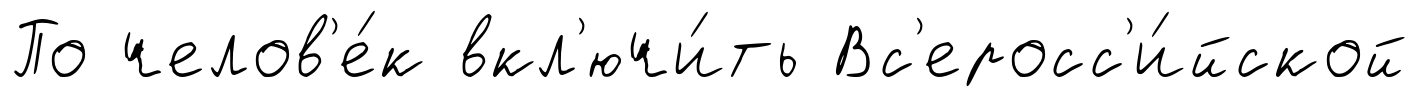
По челов'е́к вкл'ючи́ть Вс'еросс'и́йской